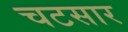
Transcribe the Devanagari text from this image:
चटसार